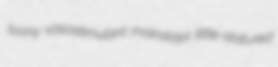
loony vasostimulant mainstays little-statured